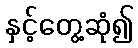
နှင့်တွေ့ဆုံ၍